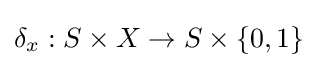
\delta _{x}:S\times X\rightarrow S\times \{0,1\}